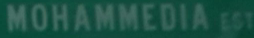
MOHAMMEDIA EST